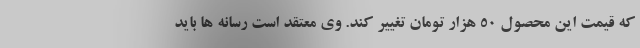
که قیمت این محصول 50 هزار تومان تغییر کند. وى معتقد است رسانه ها باید